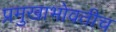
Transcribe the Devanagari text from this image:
प्रमुखाभोवतीच